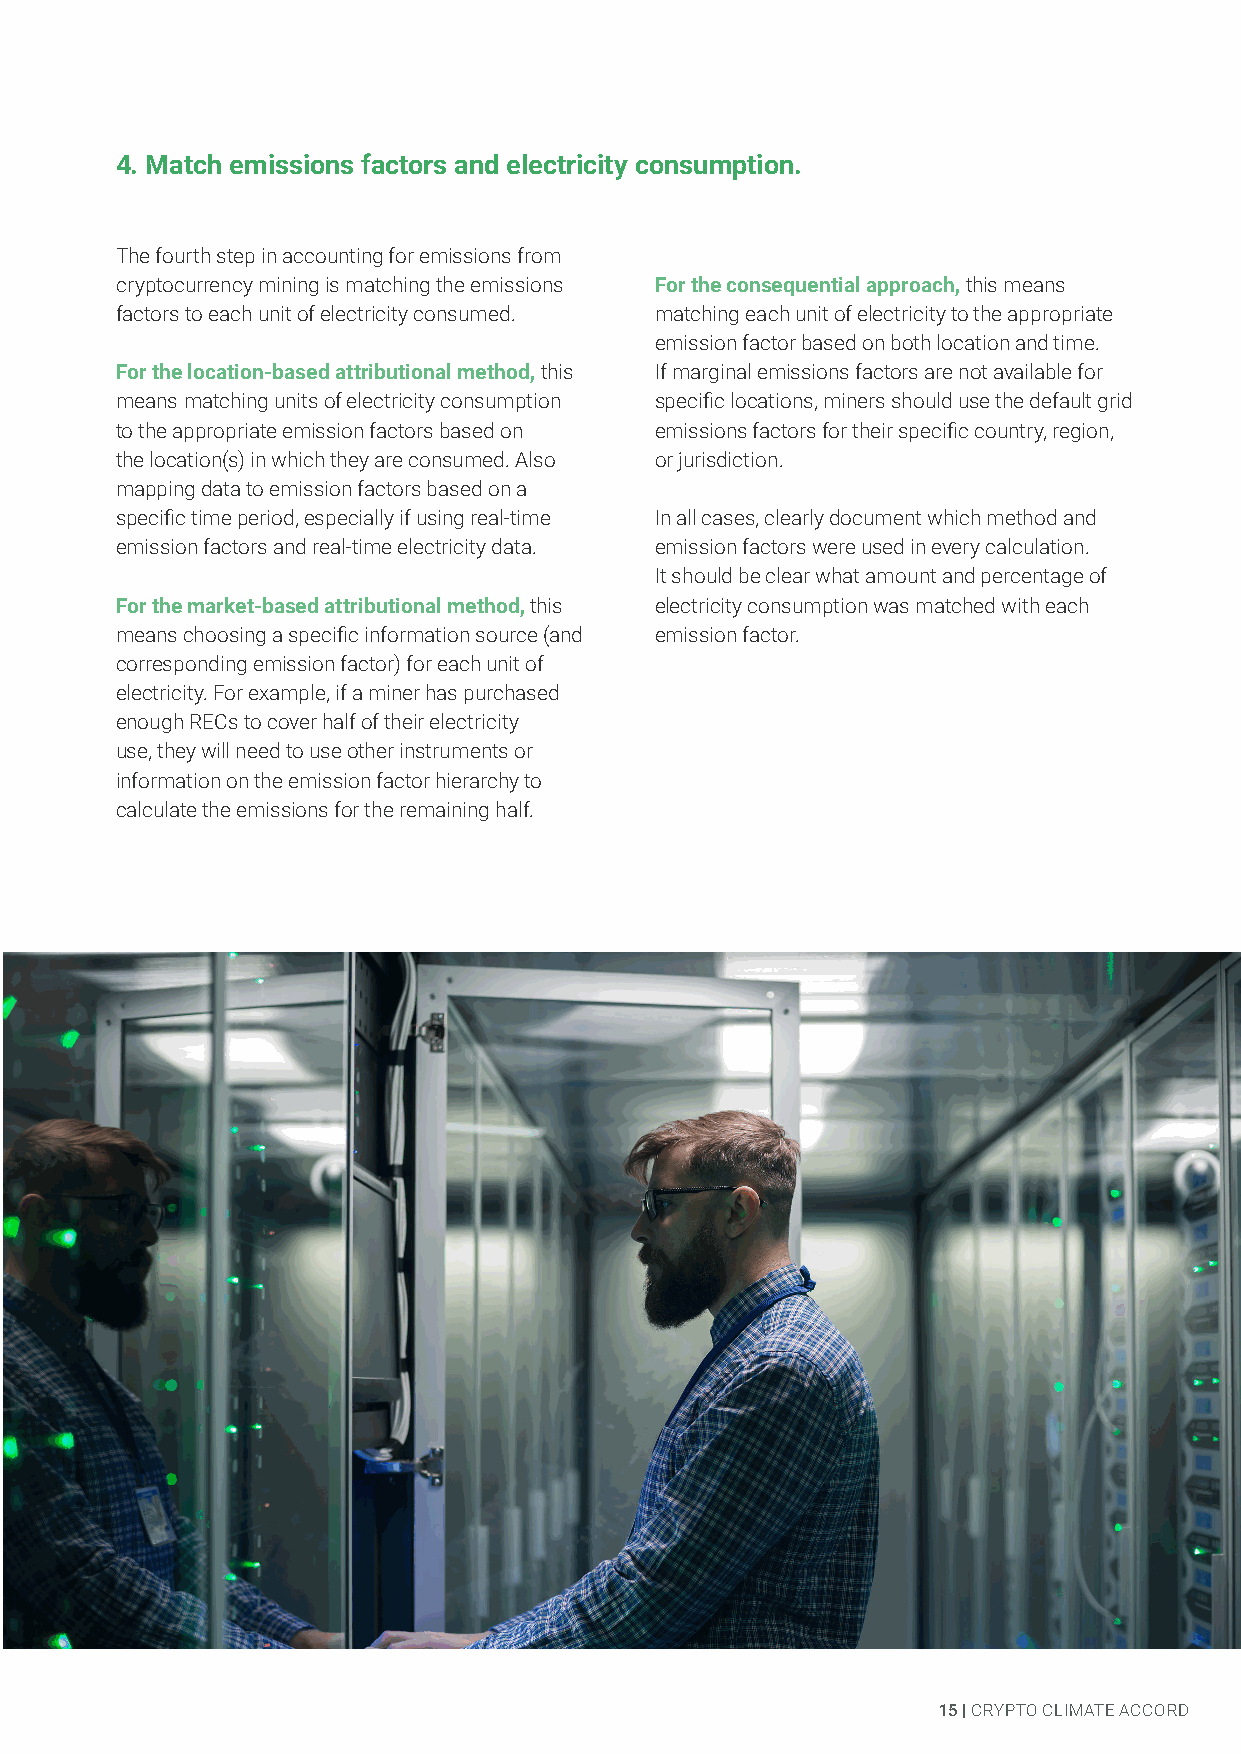
4. Match emissions factors and electricity consumption.
 SECTION          TITLE
 The fourth step in accounting for emissions from
 cryptocurrency mining is matching the emissions For the consequential approach, this means
 factors to each unit of electricity consumed. matching each unit of electricity to the appropriate
 emission factor based on both location and time.
 For the location-based attributional method, this If marginal emissions factors are not available for
 means matching units of electricity consumption specific locations, miners should use the default grid
 to the appropriate emission factors based on emissions factors for their specific country, region,
 the location(s) in which they are consumed. Also or jurisdiction.
 mapping data to emission factors based on a
 specific time period, especially if using real-time In all cases, clearly document which method and
 emission factors and real-time electricity data. emission factors were used in every calculation.
 It should be clear what amount and percentage of
 For the market-based attributional method, this electricity consumption was matched with each
 means choosing a specific information source (and emission factor.
 corresponding emission factor) for each unit of
 electricity. For example, if a miner has purchased
 enough RECs to cover half of their electricity
 use, they will need to use other instruments or
 information on the emission factor hierarchy to
 calculate the emissions for the remaining half.
 15 | CRYPTO CLIMATE ACCORD